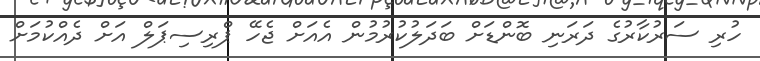
ހުރި ސަރުކާރުގެ ދަރަނި ބޮންޑަށް ބަދަލުކުރުމުން އެއަށް ޖެހޭ ޕްރިސިޕަލް އަށް ދެއްކުމަށް